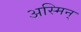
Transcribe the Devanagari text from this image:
अस्मिन्‌